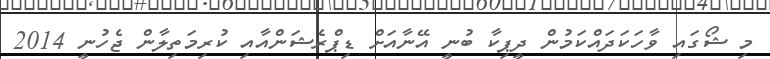
މި ޝޯގައި ވާހަކަދައްކަމުން ދީޕިކާ ބުނީ އޭނާއަށް ޑިޕްރެޝަންއާއި ކުރިމަތިލާން ޖެހުނީ 2014